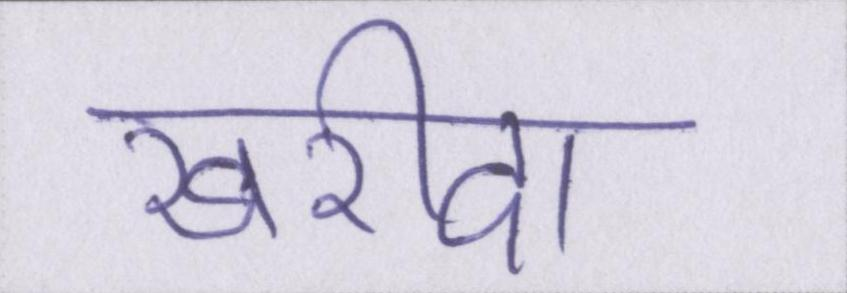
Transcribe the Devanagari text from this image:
ख़रीदा।